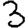
Digit: 3